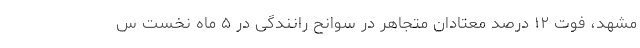
مشهد، فوت ۱۲ درصد معتادان متجاهر در سوانح رانندگی در ۵ ماه نخست س